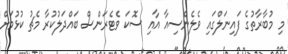
މި މުބާރާތުގެ ފައިނަލްގައި ވެލެންސިއާ އާއި ސޮކަ ވެޓެރަންސް ބައްދަލުކުރާ މެޗު ކުޅުމަށް